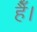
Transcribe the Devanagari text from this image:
हैैँँ।